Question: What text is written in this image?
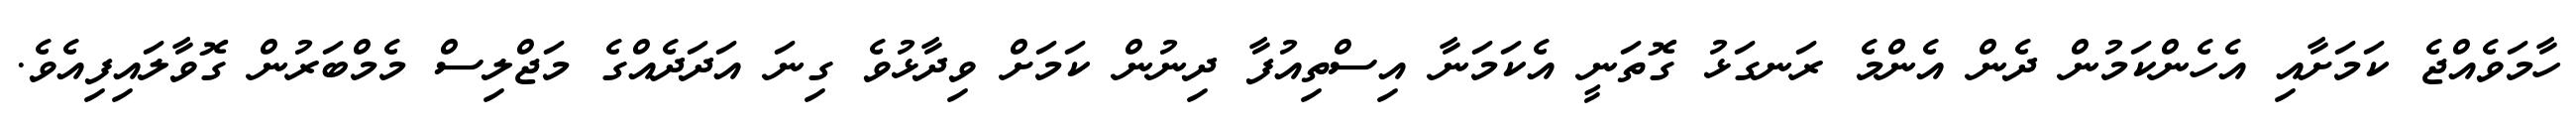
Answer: ހާމަވެއްޖެ ކަމަށާއި އެހެންކަމުން ދެން އެންމެ ރަނގަޅު ގޮތަނީ އެކަމަނާ އިސްތިއުފާ ދިނުން ކަމަށް ވިދާޅުވެ ގިނަ އަދަދެއްގެ މަޖްލިސް މެމްބަރުން ގޮވާލައިފިއެވެ.